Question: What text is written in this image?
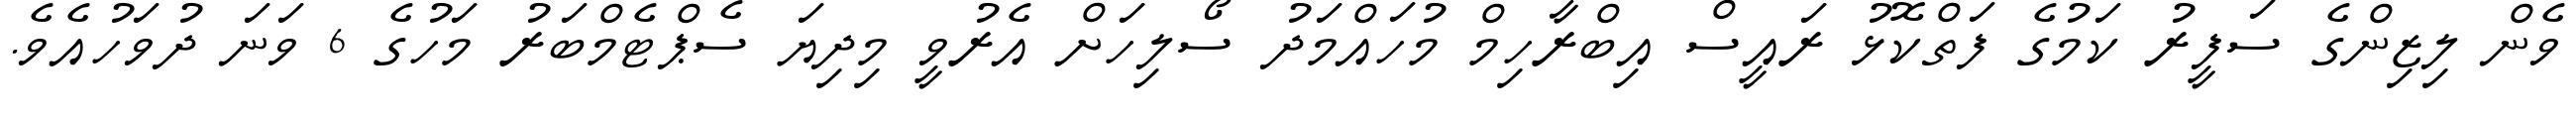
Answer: ވެން ލިޒިންގެ ސަފީރު ކަމުގެ ފަތްކޮޅު ރައީސް އިބްރާހިމް މުހައްމަދު ސޯލިހަށް އެރުވީ މިދިޔަ ސެޕްޓެމްބަރު މަހުގެ 6 ވަނަ ދުވަހުއެވެ.